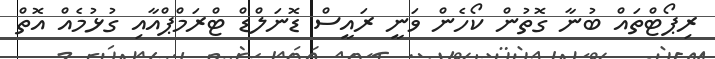
ރިޕޯޓްތައް ބުނާ ގޮތުން ކޯހެން ވަނީ ރައީސް ޑޮނަލްޑް ޓްރަމްޕްއާއި ގުޅުމެއް އޮތް